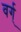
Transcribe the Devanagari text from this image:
वर्ग्